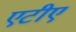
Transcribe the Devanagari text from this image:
एटीए